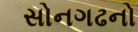
સોનગઢનો